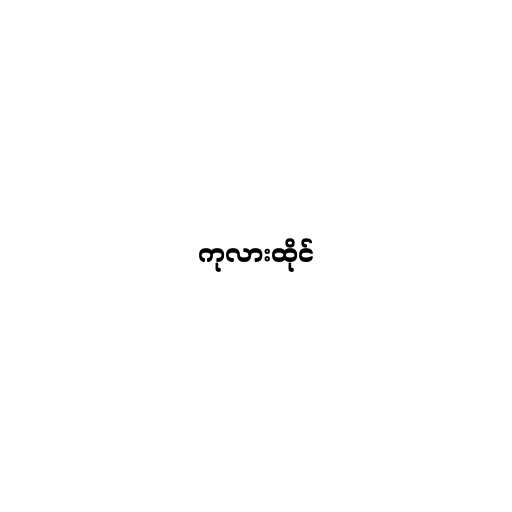
ကုလားထိုင်